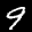
Label: 9